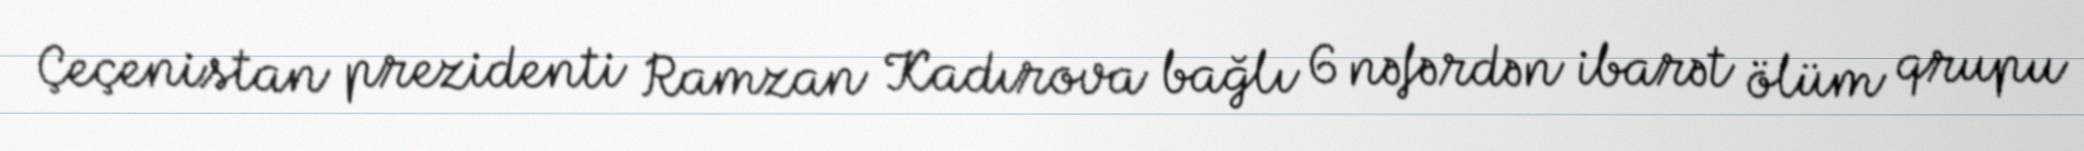
Çeçenistan prezidenti Ramzan Kadırova bağlı 6 nəfərdən ibarət ölüm qrupu